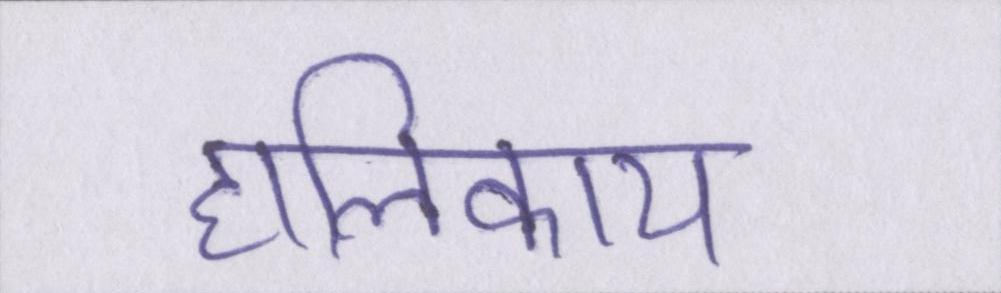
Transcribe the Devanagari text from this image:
हालिकाय